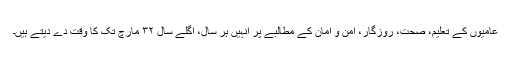
عامیوں کے تعلیم، صحت، روزگار، امن و امان کے مطالبے پر انہیں ہر سال، اگلے سال ۳۲ مارچ تک کا وقت دے دیتے ہیں۔